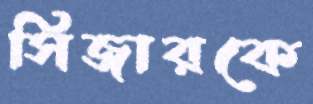
সিজারকে